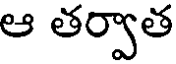
ఆ తర్వాత